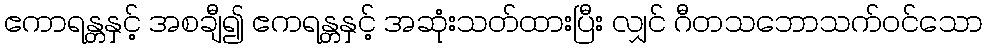
ဧကာရန္တနှင့် အစချီ၍ ဧကရန္တနှင့် အဆုံးသတ်ထားပြီး လျှင် ဂီတသဘောသက်ဝင်သော